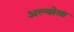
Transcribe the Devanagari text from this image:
अल्योशा